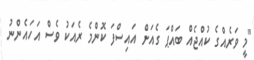
"މީ ވަރެއްގެ ކުއްޖެއް ބައްޕަ ގެއަށް އައިސްފަ ކޮންމެ ރެއަކު ވެސް އަހައެންނު